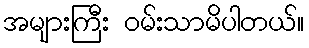
အများကြီး ဝမ်းသာမိပါတယ်။